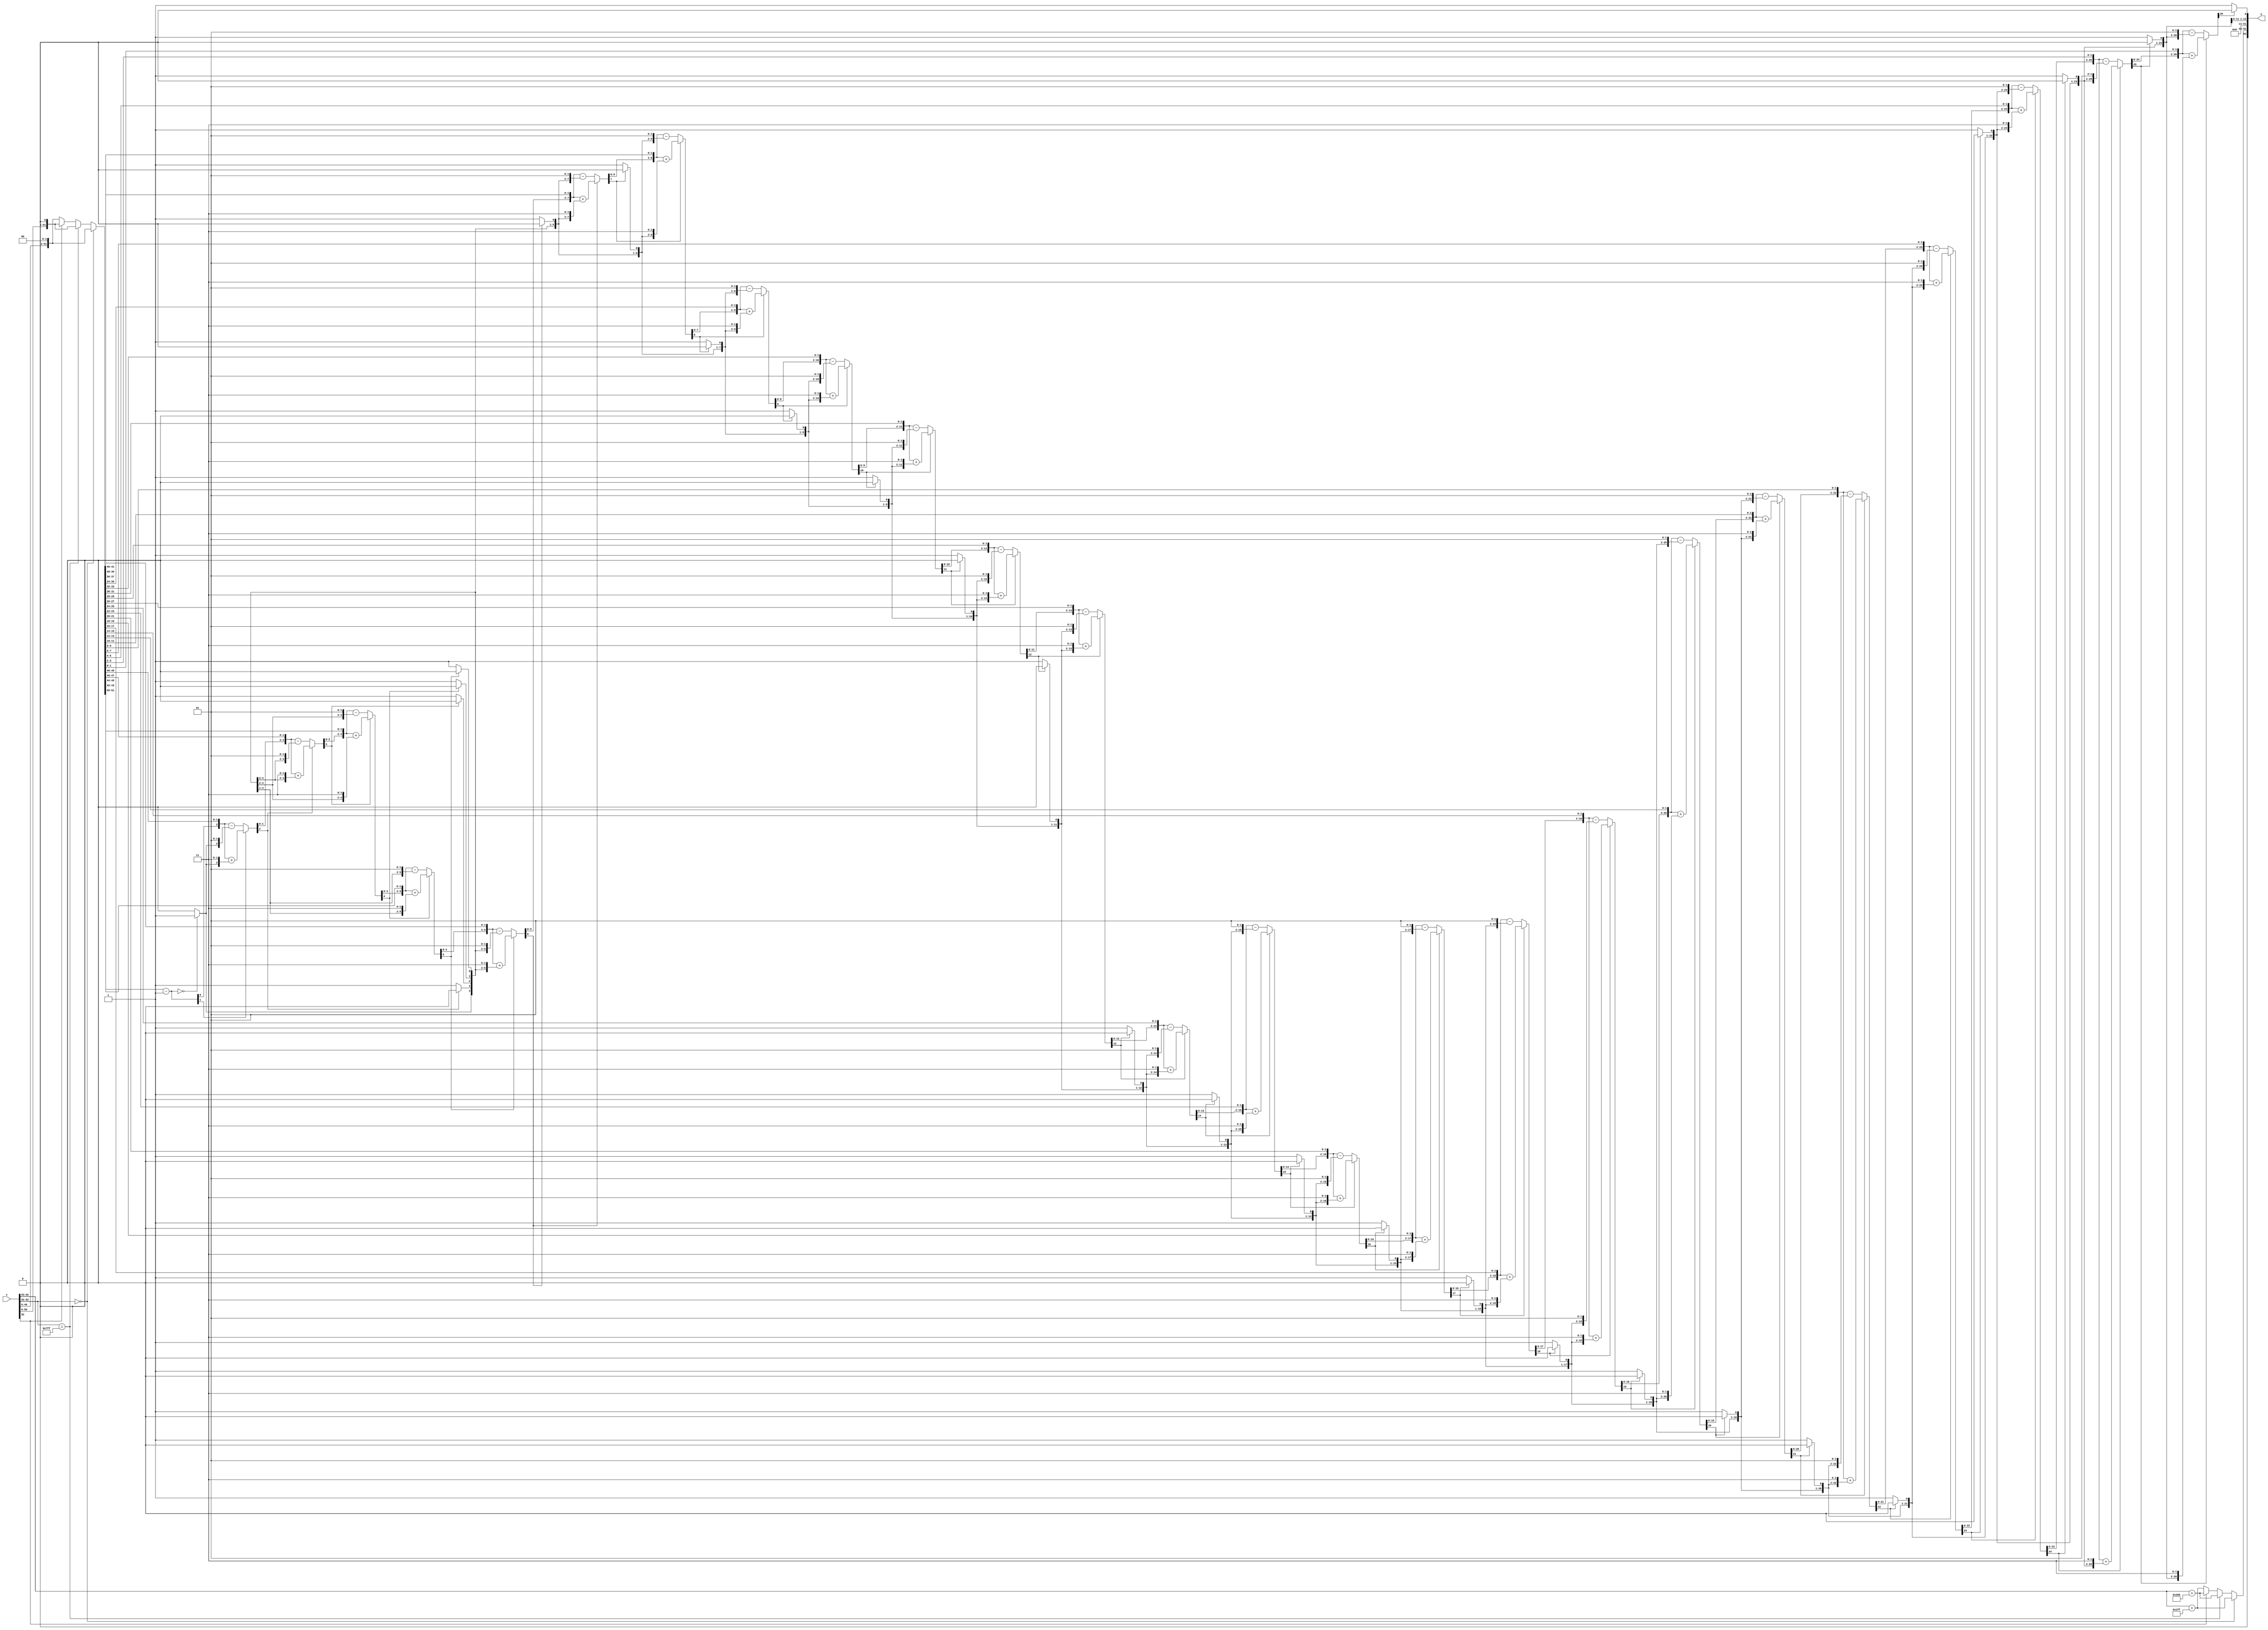
module dp_sqrt(input [63:0]x, output reg[63:0] y);

reg[51:0]x_mantissa;
reg[10:0]x_exponent;
reg x_sign;
reg[51:0]y_mantissa;
reg[10:0]y_exponent;
reg y_sign;
//
reg[53:0]ix;
reg [26:0] r;
reg [26:0] q;
integer i;

always @(x)
begin
x_mantissa = x[51:0];
x_exponent = x[62:52];
x_sign = x[63];
y_sign = 1'b0;
//
r[26] = 1'b0;
q[26] = 1'b0;

if(x_exponent==11'b0000_0000_000)
begin
    y_exponent={1'b0,x_exponent[10:1]}+511;
//
    ix={1'b1,x_mantissa,2'b00};
    y_mantissa=52'b0000_0000_0000_0000_0000_0000_0000_0000_0000_0000_0000_0000_0000;
end
else if (x_exponent==11'b11111111111)
begin
    y_exponent={1'b0,x_exponent[10:1]}+512;
    ix={2'b01,x_mantissa,1'b0};
    y_mantissa=52'b0000_0000_0000_0000_0000_0000_0000_0000_0000_0000_0000_0000_0000;
end
else
begin
    if(x_exponent[0]==1'b1)
    begin
        y_exponent={1'b0,x_exponent[10:1]}+512;
        ix={2'b01,x_mantissa,1'b0};
    end
    else
    begin
        y_exponent={1'b0,x_exponent[10:1]}+511;
        ix={1'b1,x_mantissa,2'b00};
    end
    
    y_mantissa=52'b0000_0000_0000_0000_0000_0000_0000_0000_0000_0000_0000_0000_0000;
end

begin //loop
if (r[26:25+1] == 0)
 	 r[26:25] = ix[2*25+1:2*25] - 2'b01;
else 
 	 r[26:25] = ix[2*25+1:2*25] + 2'b11;
	 
if (r[26:25] == 0)
 	 q[26:25] = {q[26:25+1],1'b1};
 else
 	 q[26:25] = {q[26:25+1],1'b0};
#100;if (r[26] == 0)
 	 r[26:24] = { r[26:24+1], ix[2*24+1:2*24]} - {q[25:24+1],2'b01};
else 
 	 r[26:24] = { r[26:24+1], ix[2*24+1:2*24]} + {q[25:24+1],2'b11};
if (r[26] == 0)
 	 q[26:24] = {q[26:24+1],1'b1};
 else
 	 q[26:24] = {q[26:24+1],1'b0};
#100;

if (r[26] == 0)
 	 r[26:23] = { r[26:23+1], ix[2*23+1:2*23]} - {q[25:23+1],2'b01};
else 
 	 r[26:23] = { r[26:23+1], ix[2*23+1:2*23]} + {q[25:23+1],2'b11};
if (r[26] == 0)
 	 q[26:23] = {q[26:23+1],1'b1};
 else
 	 q[26:23] = {q[26:23+1],1'b0};
#100;

if (r[26] == 0)
 	 r[26:22] = { r[26:22+1], ix[2*22+1:2*22]} - {q[25:22+1],2'b01};
else 
 	 r[26:22] = { r[26:22+1], ix[2*22+1:2*22]} + {q[25:22+1],2'b11};
if (r[26] == 0)
 	 q[26:22] = {q[26:22+1],1'b1};
 else
 	 q[26:22] = {q[26:22+1],1'b0};
#100;

if (r[26] == 0)
 	 r[26:21] = { r[26:21+1], ix[2*21+1:2*21]} - {q[25:21+1],2'b01};
else 
 	 r[26:21] = { r[26:21+1], ix[2*21+1:2*21]} + {q[25:21+1],2'b11};
if (r[26] == 0)
 	 q[26:21] = {q[26:21+1],1'b1};
 else
 	 q[26:21] = {q[26:21+1],1'b0};
#100;

if (r[26] == 0)
 	 r[26:20] = { r[26:20+1], ix[2*20+1:2*20]} - {q[25:20+1],2'b01};
else 
 	 r[26:20] = { r[26:20+1], ix[2*20+1:2*20]} + {q[25:20+1],2'b11};
if (r[26] == 0)
 	 q[26:20] = {q[26:20+1],1'b1};
 else
 	 q[26:20] = {q[26:20+1],1'b0};
#100;

if (r[26] == 0)
 	 r[26:19] = { r[26:19+1], ix[2*19+1:2*19]} - {q[25:19+1],2'b01};
else 
 	 r[26:19] = { r[26:19+1], ix[2*19+1:2*19]} + {q[25:19+1],2'b11};
if (r[26] == 0)
 	 q[26:19] = {q[26:19+1],1'b1};
 else
 	 q[26:19] = {q[26:19+1],1'b0};
#100;

if (r[26] == 0)
 	 r[26:18] = { r[26:18+1], ix[2*18+1:2*18]} - {q[25:18+1],2'b01};
else 
 	 r[26:18] = { r[26:18+1], ix[2*18+1:2*18]} + {q[25:18+1],2'b11};
if (r[26] == 0)
 	 q[26:18] = {q[26:18+1],1'b1};
 else
 	 q[26:18] = {q[26:18+1],1'b0};
#100;

if (r[26] == 0)
 	 r[26:17] = { r[26:17+1], ix[2*17+1:2*17]} - {q[25:17+1],2'b01};
else 
 	 r[26:17] = { r[26:17+1], ix[2*17+1:2*17]} + {q[25:17+1],2'b11};
if (r[26] == 0)
 	 q[26:17] = {q[26:17+1],1'b1};
 else
 	 q[26:17] = {q[26:17+1],1'b0};
#100;

if (r[26] == 0)
 	 r[26:16] = { r[26:16+1], ix[2*16+1:2*16]} - {q[25:16+1],2'b01};
else 
 	 r[26:16] = { r[26:16+1], ix[2*16+1:2*16]} + {q[25:16+1],2'b11};
if (r[26] == 0)
 	 q[26:16] = {q[26:16+1],1'b1};
 else
 	 q[26:16] = {q[26:16+1],1'b0};
#100;

if (r[26] == 0)
 	 r[26:15] = { r[26:15+1], ix[2*15+1:2*15]} - {q[25:15+1],2'b01};
else 
 	 r[26:15] = { r[26:15+1], ix[2*15+1:2*15]} + {q[25:15+1],2'b11};
if (r[26] == 0)
 	 q[26:15] = {q[26:15+1],1'b1};
 else
 	 q[26:15] = {q[26:15+1],1'b0};
#100;

if (r[26] == 0)
 	 r[26:14] = { r[26:14+1], ix[2*14+1:2*14]} - {q[25:14+1],2'b01};
else 
 	 r[26:14] = { r[26:14+1], ix[2*14+1:2*14]} + {q[25:14+1],2'b11};
if (r[26] == 0)
 	 q[26:14] = {q[26:14+1],1'b1};
 else
 	 q[26:14] = {q[26:14+1],1'b0};
#100;

if (r[26] == 0)
 	 r[26:13] = { r[26:13+1], ix[2*13+1:2*13]} - {q[25:13+1],2'b01};
else 
 	 r[26:13] = { r[26:13+1], ix[2*13+1:2*13]} + {q[25:13+1],2'b11};
if (r[26] == 0)
 	 q[26:13] = {q[26:13+1],1'b1};
 else
 	 q[26:13] = {q[26:13+1],1'b0};
#100;

if (r[26] == 0)
 	 r[26:12] = { r[26:12+1], ix[2*12+1:2*12]} - {q[25:12+1],2'b01};
else 
 	 r[26:12] = { r[26:12+1], ix[2*12+1:2*12]} + {q[25:12+1],2'b11};
if (r[26] == 0)
 	 q[26:12] = {q[26:12+1],1'b1};
 else
 	 q[26:12] = {q[26:12+1],1'b0};
#100;

if (r[26] == 0)
 	 r[26:11] = { r[26:11+1], ix[2*11+1:2*11]} - {q[25:11+1],2'b01};
else 
 	 r[26:11] = { r[26:11+1], ix[2*11+1:2*11]} + {q[25:11+1],2'b11};
if (r[26] == 0)
 	 q[26:11] = {q[26:11+1],1'b1};
 else
 	 q[26:11] = {q[26:11+1],1'b0};
#100;

if (r[26] == 0)
 	 r[26:10] = { r[26:10+1], ix[2*10+1:2*10]} - {q[25:10+1],2'b01};
else 
 	 r[26:10] = { r[26:10+1], ix[2*10+1:2*10]} + {q[25:10+1],2'b11};
if (r[26] == 0)
 	 q[26:10] = {q[26:10+1],1'b1};
 else
 	 q[26:10] = {q[26:10+1],1'b0};
#100;

if (r[26] == 0)
 	 r[26:9] = { r[26:9+1], ix[2*9+1:2*9]} - {q[25:9+1],2'b01};
else 
 	 r[26:9] = { r[26:9+1], ix[2*9+1:2*9]} + {q[25:9+1],2'b11};
if (r[26] == 0)
 	 q[26:9] = {q[26:9+1],1'b1};
 else
 	 q[26:9] = {q[26:9+1],1'b0};
#100;

if (r[26] == 0)
 	 r[26:8] = { r[26:8+1], ix[2*8+1:2*8]} - {q[25:8+1],2'b01};
else 
 	 r[26:8] = { r[26:8+1], ix[2*8+1:2*8]} + {q[25:8+1],2'b11};
if (r[26] == 0)
 	 q[26:8] = {q[26:8+1],1'b1};
 else
 	 q[26:8] = {q[26:8+1],1'b0};
#100;

if (r[26] == 0)
 	 r[26:7] = { r[26:7+1], ix[2*7+1:2*7]} - {q[25:7+1],2'b01};
else 
 	 r[26:7] = { r[26:7+1], ix[2*7+1:2*7]} + {q[25:7+1],2'b11};
if (r[26] == 0)
 	 q[26:7] = {q[26:7+1],1'b1};
 else
 	 q[26:7] = {q[26:7+1],1'b0};
#100;

if (r[26] == 0)
 	 r[26:6] = { r[26:6+1], ix[2*6+1:2*6]} - {q[25:6+1],2'b01};
else 
 	 r[26:6] = { r[26:6+1], ix[2*6+1:2*6]} + {q[25:6+1],2'b11};
if (r[26] == 0)
 	 q[26:6] = {q[26:6+1],1'b1};
 else
 	 q[26:6] = {q[26:6+1],1'b0};
#100;

if (r[26] == 0)
 	 r[26:5] = { r[26:5+1], ix[2*5+1:2*5]} - {q[25:5+1],2'b01};
else 
 	 r[26:5] = { r[26:5+1], ix[2*5+1:2*5]} + {q[25:5+1],2'b11};
if (r[26] == 0)
 	 q[26:5] = {q[26:5+1],1'b1};
 else
 	 q[26:5] = {q[26:5+1],1'b0};
#100;

if (r[26] == 0)
 	 r[26:4] = { r[26:4+1], ix[2*4+1:2*4]} - {q[25:4+1],2'b01};
else 
 	 r[26:4] = { r[26:4+1], ix[2*4+1:2*4]} + {q[25:4+1],2'b11};
if (r[26] == 0)
 	 q[26:4] = {q[26:4+1],1'b1};
 else
 	 q[26:4] = {q[26:4+1],1'b0};
#100;

if (r[26] == 0)
 	 r[26:3] = { r[26:3+1], ix[2*3+1:2*3]} - {q[25:3+1],2'b01};
else 
 	 r[26:3] = { r[26:3+1], ix[2*3+1:2*3]} + {q[25:3+1],2'b11};
if (r[26] == 0)
 	 q[26:3] = {q[26:3+1],1'b1};
 else
 	 q[26:3] = {q[26:3+1],1'b0};
#100;

if (r[26] == 0)
 	 r[26:2] = { r[26:2+1], ix[2*2+1:2*2]} - {q[25:2+1],2'b01};
else 
 	 r[26:2] = { r[26:2+1], ix[2*2+1:2*2]} + {q[25:2+1],2'b11};
if (r[26] == 0)
 	 q[26:2] = {q[26:2+1],1'b1};
 else
 	 q[26:2] = {q[26:2+1],1'b0};
#100;

if (r[26] == 0)
 	 r[26:1] = { r[26:1+1], ix[2*1+1:2*1]} - {q[25:1+1],2'b01};
else 
 	 r[26:1] = { r[26:1+1], ix[2*1+1:2*1]} + {q[25:1+1],2'b11};
if (r[26] == 0)
 	 q[26:1] = {q[26:1+1],1'b1};
 else
 	 q[26:1] = {q[26:1+1],1'b0};
#100;

if (r[26] == 0)
 	 r[26:0] = { r[26:0+1], ix[2*0+1:2*0]} - {q[25:0+1],2'b01};
else 
 	 r[26:0] = { r[26:0+1], ix[2*0+1:2*0]} + {q[25:0+1],2'b11};
if (r[26] == 0)
 	 q[26:0] = {q[26:0+1],1'b1};
 else
 	 q[26:0] = {q[26:0+1],1'b0};
#100;







end

if (r[26] == 0) 
	r[26:0] = r[26:0] + {q[25:0],1'b1};


//
begin    
y_mantissa = {10'b0000_0000_00, q[12:0]};	
y[51:0]=y_mantissa;
y[62:52]=y_exponent;
y[63]=y_sign;
end
end
endmodule